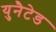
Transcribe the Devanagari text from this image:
युनैटेड